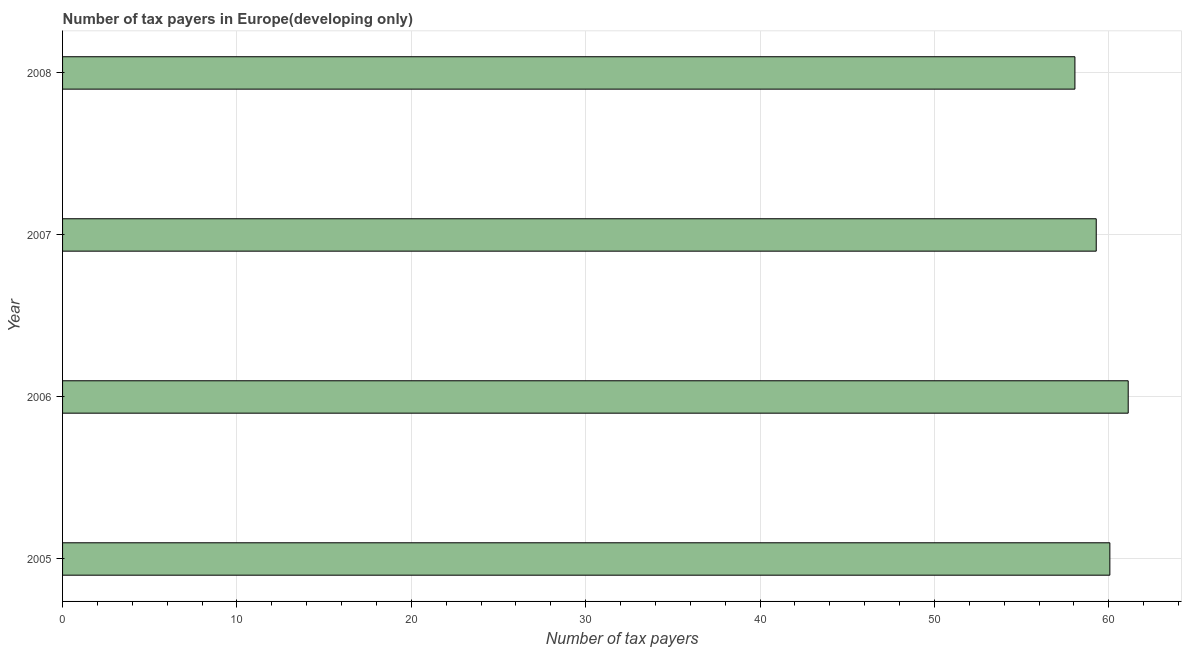
| Year | Tax payments |
 | --- | --- |
 | 2005 | 60.1 |
 | 2006 | 61.1 |
 | 2007 | 59.3 |
 | 2008 | 58.1 |